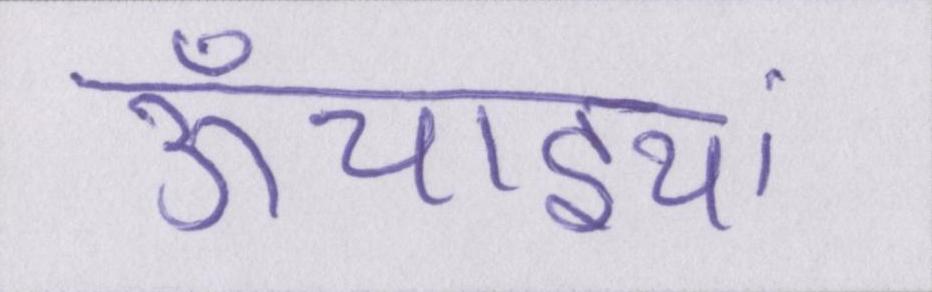
ऊँचाइयां